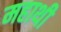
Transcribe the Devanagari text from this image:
महाथी